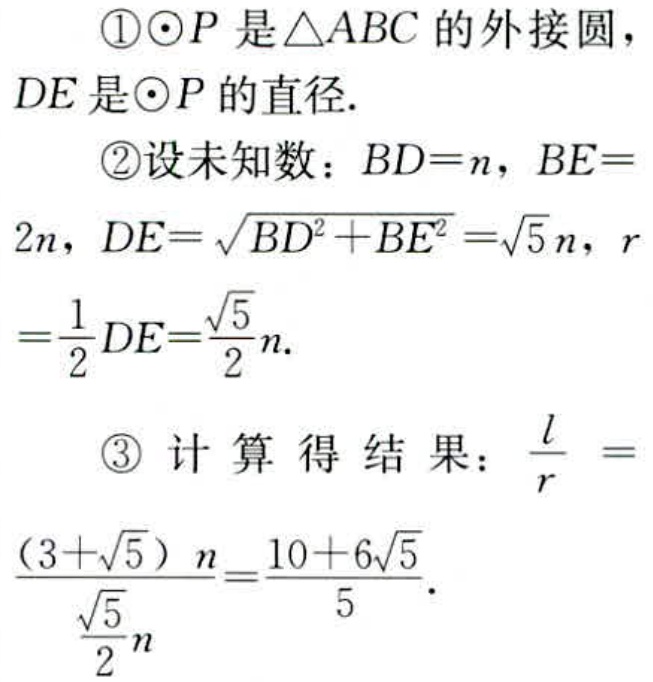
\textcircled{1}$\odot P$是$\triangle ABC$的外接圆，
$DE$是$\odot P$的直径.
\textcircled{2}设未知数：$BD = n$，$BE = 2n$，$DE=\sqrt{BD^{2}+BE^{2}}=\sqrt{5}n$，$r=\frac{1}{2}DE=\frac{\sqrt{5}}{2}n$.
\textcircled{3}计算得结果：$\frac{l}{r} = \frac{(3 + \sqrt{5})n}{\frac{\sqrt{5}}{2}n}=\frac{10 + 6\sqrt{5}}{5}$.